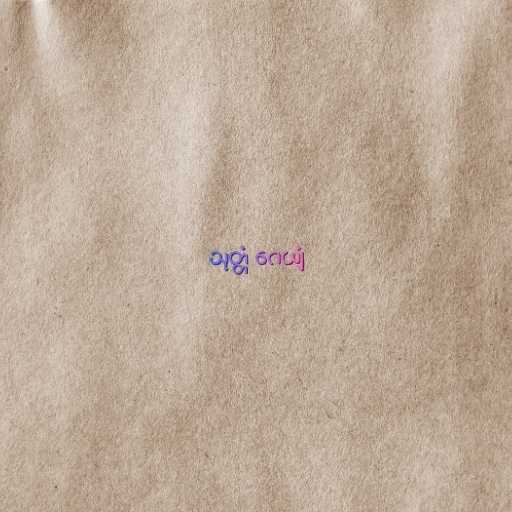
သုတ္တံ ဂေယျံ